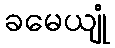
ခမေယျုံ